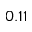
0 . 1 1